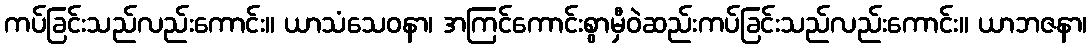
ကပ်ခြင်းသည်လည်းကောင်း။ ယာသံသေဝနာ၊ အကြင်ကောင်းစွာမှီဝဲဆည်းကပ်ခြင်းသည်လည်းကောင်း။ ယာဘဇနာ၊